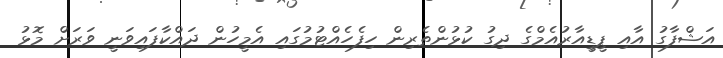
އަޝްފާގު އާއި ޕީޑީއާރުއެމްގެ ދިގު ކުޅުންތެރިން ހިފެހެއްޓުމުގައި އެމީހުން ދައްކާފައިވަނީ ވަރަށް މޮޅު